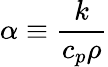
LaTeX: \alpha\equiv{\frac{k}{c_{p}\rho}}